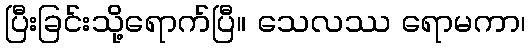
ပြီးခြင်းသို့ရောက်ပြီ။ သေလဿ ရောမကာ၊